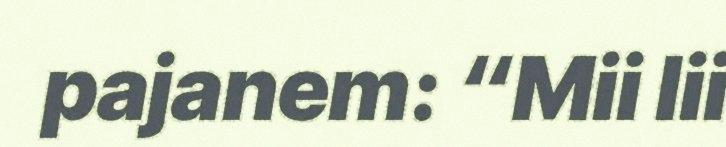
pajanem: “Mii lii